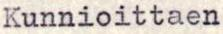
Kunnioittaen